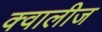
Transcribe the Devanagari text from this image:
क्वालीज